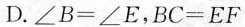
D.$$ ∠B = ∠E $$，$$ BC = EF $$